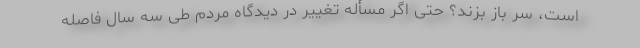
است، سر باز بزند؟ حتی اگر مسأله تغییر در دیدگاه مردم طی سه سال فاصله